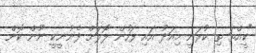
"ކީއްތަ ތި ކުރަނީ މިއަދު އައި ފަހުން ލޮލަށް ފެނުނީކީ ނޫން ކޮން